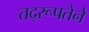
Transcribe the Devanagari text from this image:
तद्‌रूपतेने